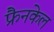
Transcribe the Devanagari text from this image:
फ्रैनकेल